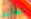
الجاري